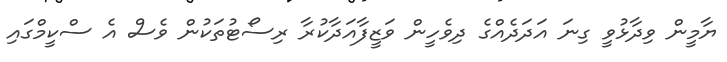
ޔާމީން ވިދާޅުވީ ގިނަ އަދަދެއްގެ ދިވެހީން ވަޒީފާއަދާކުރާ ރިސޯޓުތަކުން ވެސް އެ ސްކީމްގައި